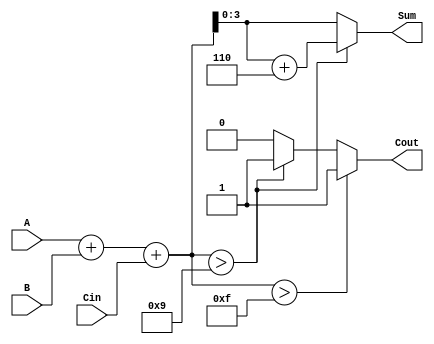
module bcd_async_adder (
    input [3:0] A,     // First BCD digit
    input [3:0] B,     // Second BCD digit
    input Cin,         // Input carry
    output reg [3:0] Sum, // BCD sum output
    output reg Cout     // Carry out
);

    // Intermediate signals
    wire [4:0] preliminary_sum; // To hold the sum of A, B, and Cin
    wire correction_needed;       // Flag for correction

    // Preliminary addition
    assign preliminary_sum = A + B + Cin;

    // Check if correction is needed (if sum > 9)
    assign correction_needed = (preliminary_sum > 9);

    always @* begin
        // Default outputs
        Cout = 0;
        Sum = preliminary_sum[3:0]; // Get the lower 4 bits

        // Apply correction if needed
        if (correction_needed) begin
            Sum = Sum + 4'b0110;  // Add 6 in binary
            Cout = 1;             // Set carry out
        end

        // Check for overflow (Cout is already set if correction is needed)
        if (preliminary_sum > 15) begin
            Cout = 1;             // Overflow for BCD
        end
    end

endmodule